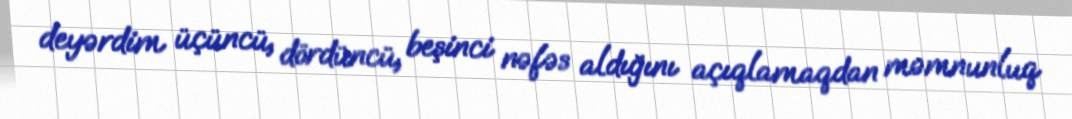
deyərdim üçüncü, dördüncü, beşinci nəfəs aldığını açıqlamaqdan məmnunluq